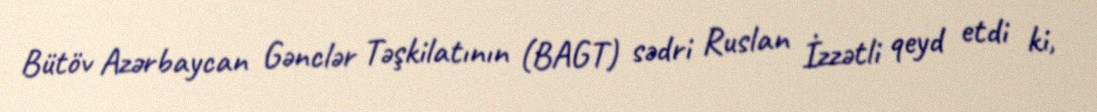
Bütöv Azərbaycan Gənclər Təşkilatının (BAGT) sədri Ruslan İzzətli qeyd etdi ki,